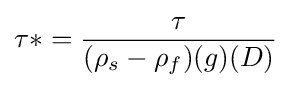
\tau *={\frac {\tau }{(\rho _{s}-\rho _{f})(g)(D)}}